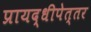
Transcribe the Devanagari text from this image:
प्रायद्धीपेत्तर